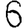
Digit: 6